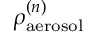
\rho _ { \mathrm { a e r o s o l } } ^ { ( n ) }